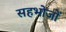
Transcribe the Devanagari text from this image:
सहभोजों